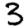
Digit: 3